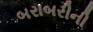
બરાબરીની